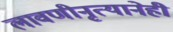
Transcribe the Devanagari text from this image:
लावणीनृत्यानेही